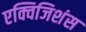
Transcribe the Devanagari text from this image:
एक्विजिशंस